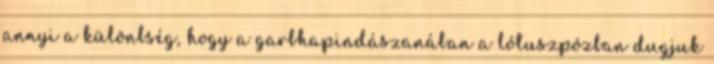
annyi a különbség, hogy a garbhapindászanában a lótuszpózban dugjuk